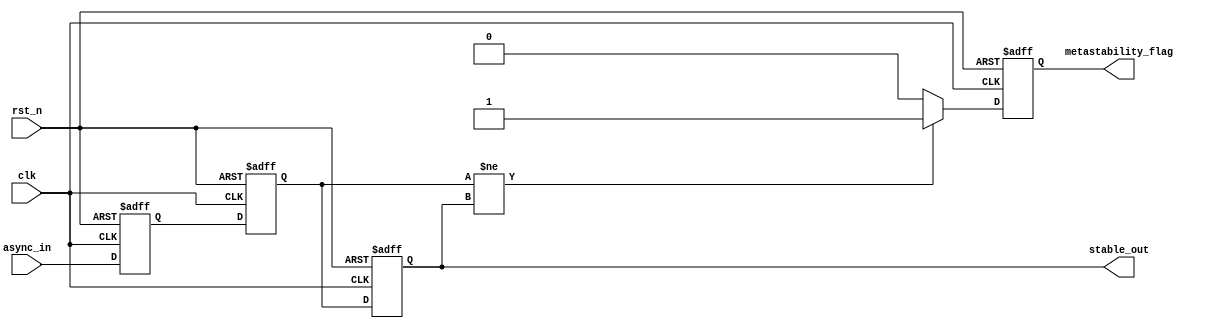
module metastability_detector #(
    parameter NUM_LATCHES = 2,  // Number of latches in the chain
    parameter WIDTH = 1          // Width of the input signal
)(
    input wire clk,              // Synchronous clock
    input wire rst_n,            // Asynchronous reset (active low)
    input wire [WIDTH-1:0] async_in, // Asynchronous input signal
    output reg [WIDTH-1:0] stable_out, // Stabilized output signal
    output reg metastability_flag // Metastability indicator
);

    // Internal latch signals
    reg [WIDTH-1:0] latch [0:NUM_LATCHES-1];

    // Asynchronous reset and latch sampling
    integer i;
    always @(posedge clk or negedge rst_n) begin
        if (!rst_n) begin
            // Initialize all latches to 0 on reset
            for (i = 0; i < NUM_LATCHES; i = i + 1) begin
                latch[i] <= {WIDTH{1'b0}};
            end
            stable_out <= {WIDTH{1'b0}};
            metastability_flag <= 1'b0;
        end else begin
            // Sample the input signal through the latches
            latch[0] <= async_in; // First latch samples the async input
            for (i = 1; i < NUM_LATCHES; i = i + 1) begin
                latch[i] <= latch[i-1]; // Subsequent latches sample the previous latch output
            end
            
            // Check for metastability - simple logic for demonstration
            if (latch[NUM_LATCHES-1] != stable_out) begin
                metastability_flag <= 1'b1; // Indicate metastability detected
            end else begin
                metastability_flag <= 1'b0; // Clear flag if stable
            end
            
            // Update stable output
            stable_out <= latch[NUM_LATCHES-1];
        end
    end

endmodule